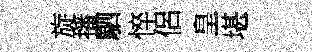
旋播駟悴侶皇堪